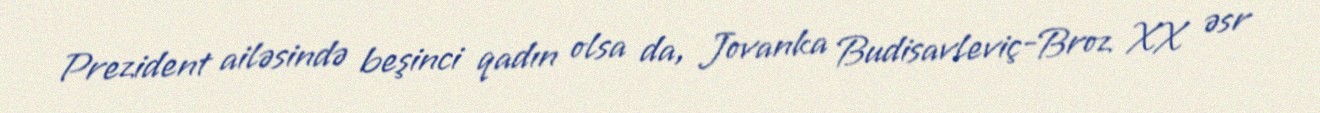
Prezident ailəsində beşinci qadın olsa da, Jovanka Budisavleviç-Broz XX əsr